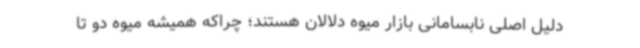
دلیل اصلی نابسامانی بازار میوه دلالان هستند؛ چراکه همیشه میوه دو تا